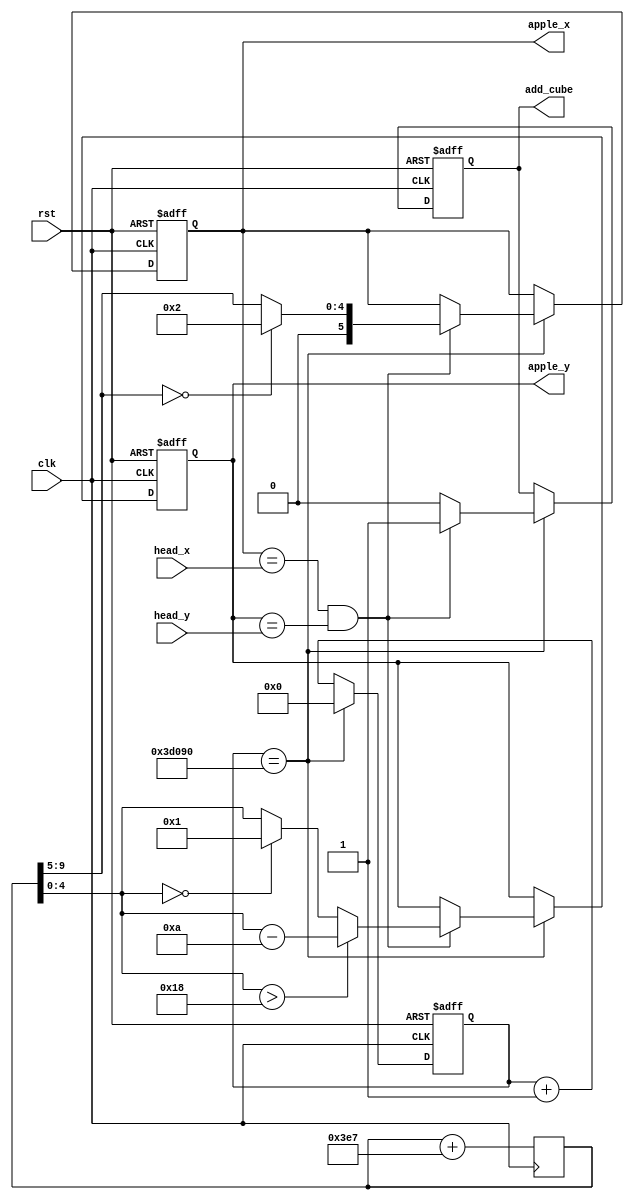
module apple_generator
(
	input clk,			//ʱź
	input rst,			//λź
	
	input [5:0]head_x,	//ͷxy
	input [5:0]head_y,
	output reg [5:0]apple_x, //ƻxy(0~34, 0~24)
	output reg [4:0]apple_y,

	output reg add_cube	//ź
);

	reg [31:0]clk_cnt;
	reg [10:0]random_num;  //Ĵ
	
	always@(posedge clk)
		//üӷ6λΪƻx꣬5λΪy꣩
		random_num <= random_num + 999; 
	
	always@(posedge clk or negedge rst) begin
		//λƻĬΪ(24,10)
		if(!rst) begin
			clk_cnt <= 0;
			apple_x <= 24;
			apple_y <= 10;
			add_cube <= 0;
		end

		else begin
			clk_cnt <= clk_cnt+1;
			if(clk_cnt == 250_000) begin
				clk_cnt <= 0;
				//ÿ250000clkһΣͷƻͬ߳Եƻһ(add_cubeλ)µƻ꣬ʱжǷ񳬳ƵĻ귶Χ
				if(apple_x == head_x && apple_y == head_y) 
				begin
					add_cube <= 1;
					apple_x <= {1'b0, (random_num[9:5] == 0 ? 2 : random_num[9:5])};
					/*
					apple_x <= (random_num[10:5] > 30) ? (random_num[10:5] - 25) : (random_num[10:5] == 0) ? 1 : random_num[10:5];
					*/
					apple_y <= (random_num[4:0] > 24) ? (random_num[4:0] - 10) : (random_num[4:0] == 0) ? 1:random_num[4:0];
				end
				else
					add_cube <= 0;
			end
		end
	end
endmodule